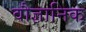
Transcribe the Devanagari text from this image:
वौज्ञानिक